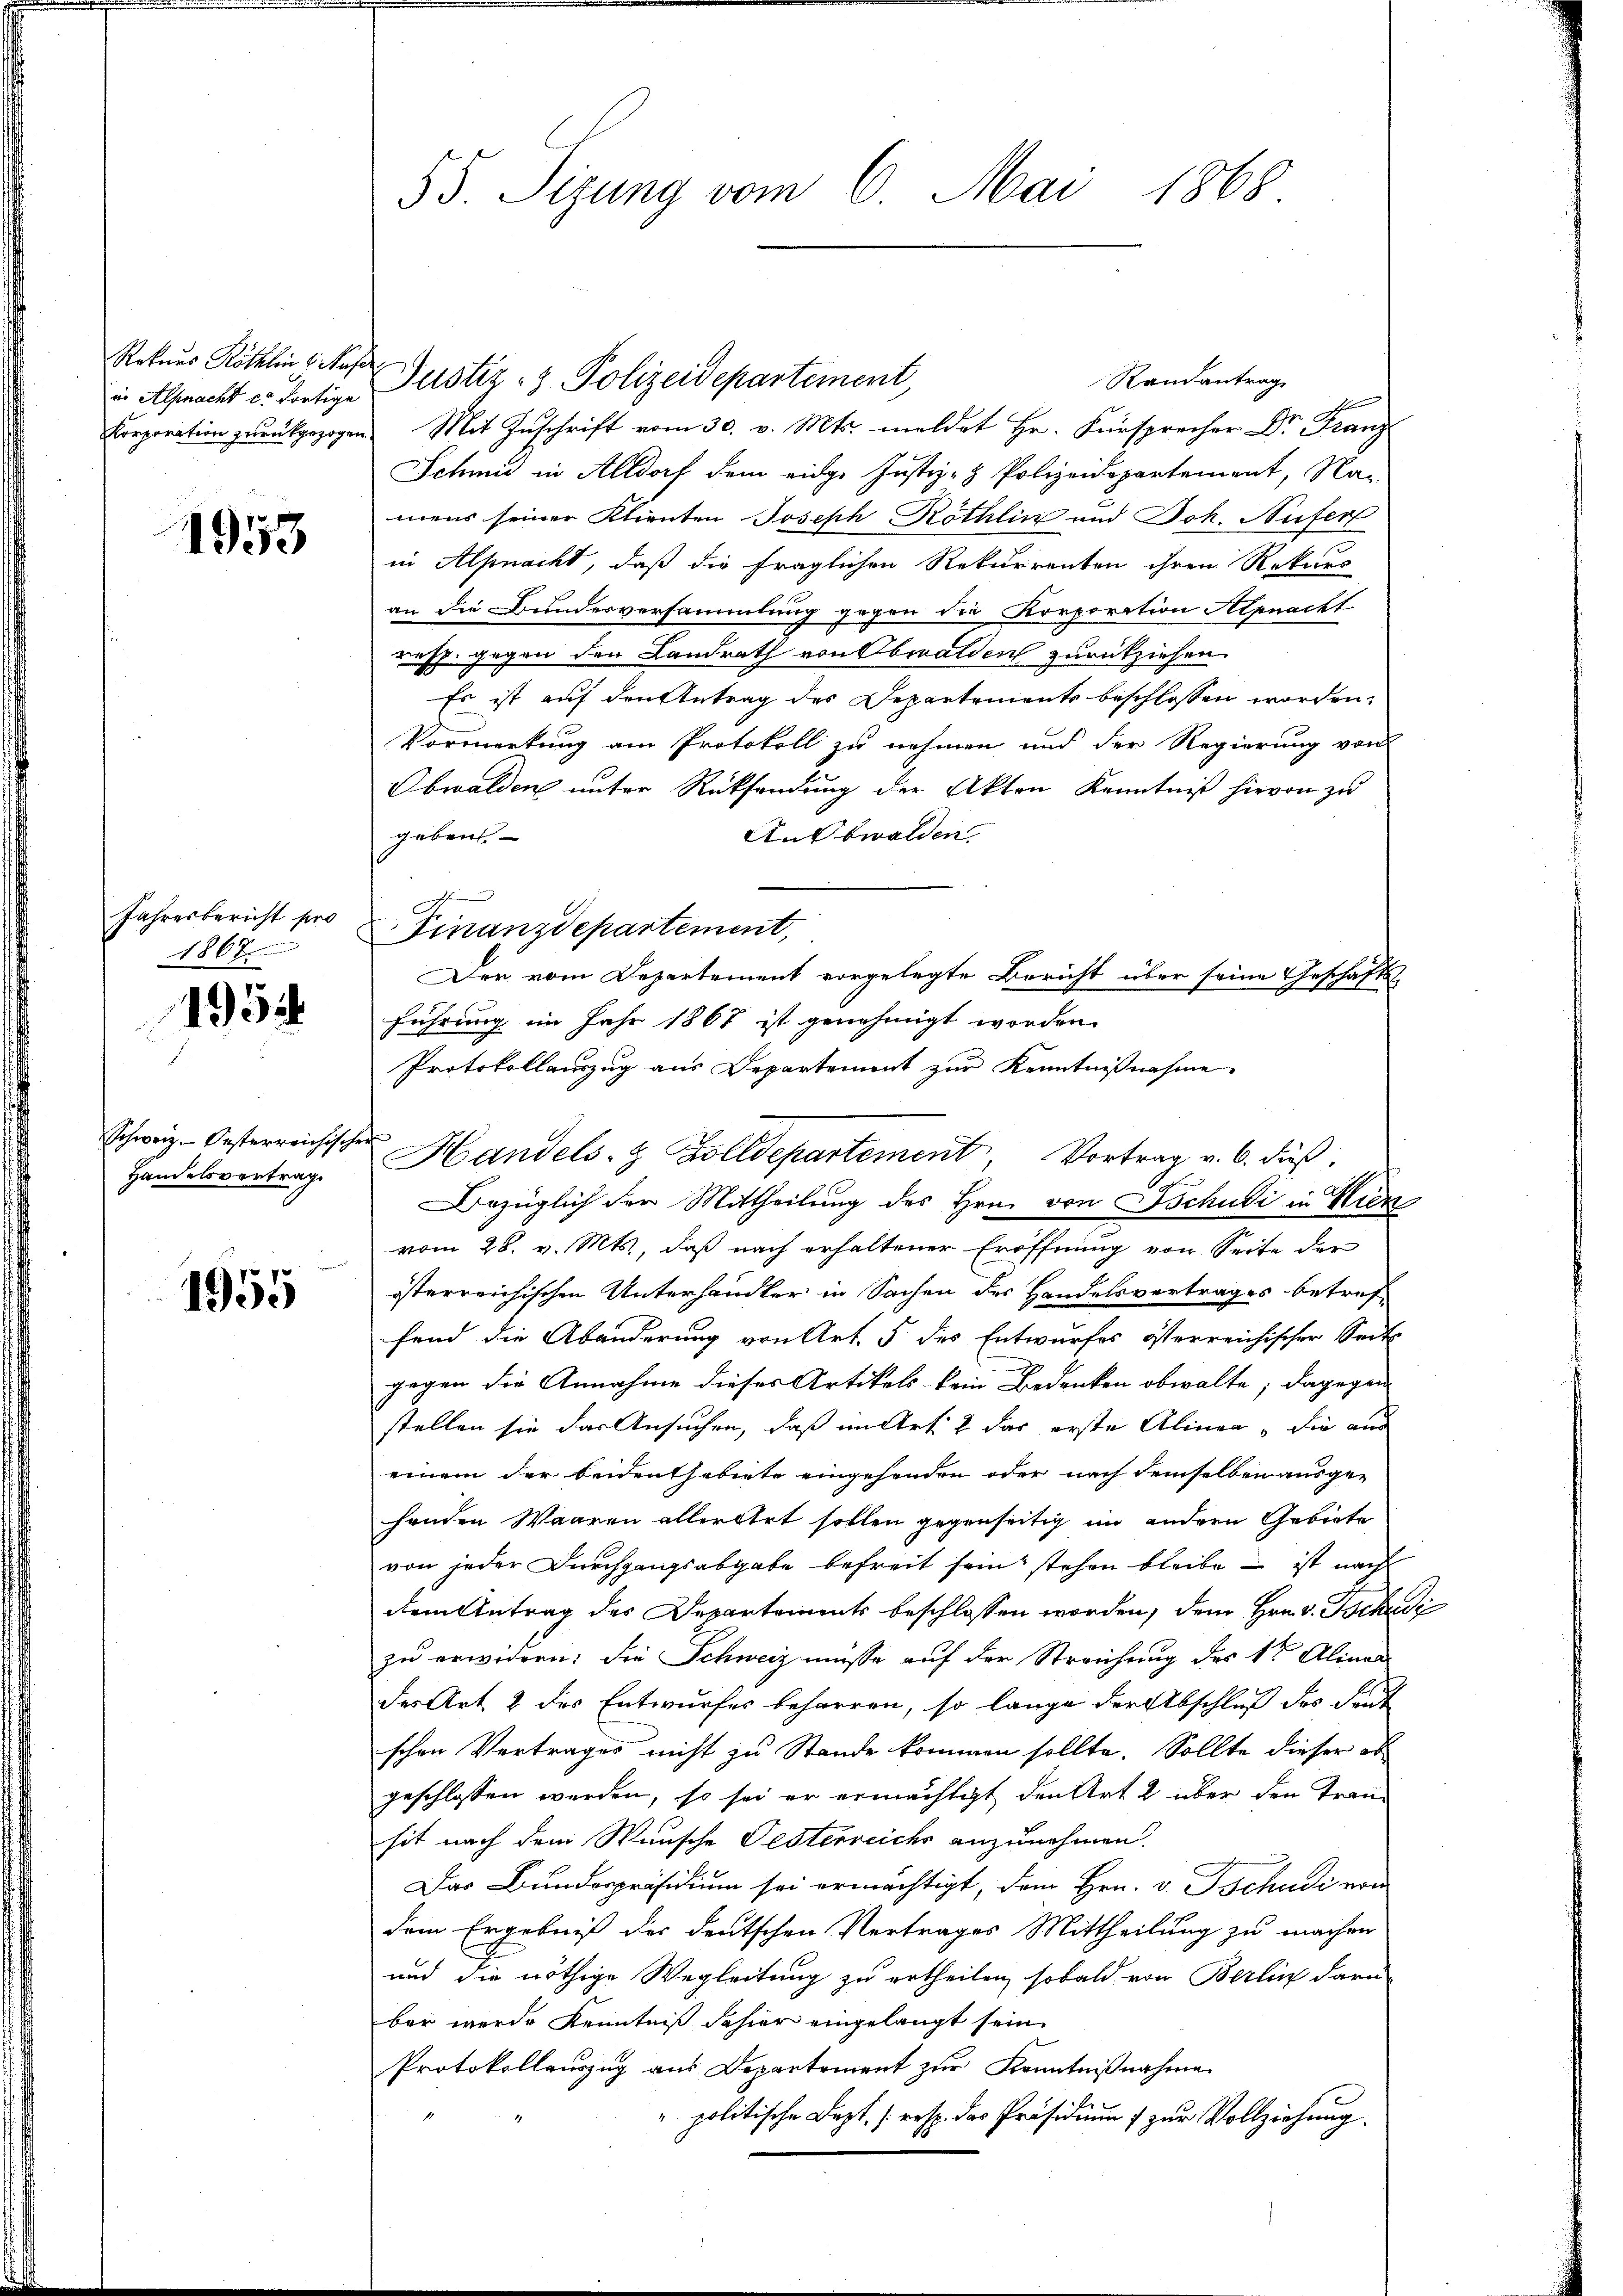
Rekurs Röthlin (Muse
in Alpnacht er dortige
Korporation zurückgezogen

1953

Jahresbericht pro

1954

Schweiz. Oesterreichische
Handelsvertrag

1955

55. Sizung vom 6. Mai 1868.

1867 Finanzdepartement,

Justiz- & Polizeidepartement

s
Mit Zuschrift vom 30. v. Mts. meldet Hr. Fürsprecher Dr. Franz
Schmid in Altdorf dem eidge Justiz- & Polizeidepartement, Na-
mens seiner Klienten Joseph Röthlin und Joh. Aufer
in Alpnacht, daß die fraglichen Rekurrenten ihren Rekurs
an die Bunderversammlung gegen die Korporation Alpnacht
resp. gegen den Landrath von Obwalden zurückziehen.
Es ist auf den Antrag des Departements beschlossen worden.
Vormerkung am Protokoll zu nehmen und der Regierung von
Obwalden unter Rücksendung der Akten Kenntniß hievon zu
An Obwalden.
geben.
Der vom Departement vorgelegte Bericht über seine Geschäfts-
führung im Jahr 1867 ist genehmigt worden.
Protokollauszug aus Departement zur Kenntnißnahme
¬
Bezüglich der Mittheilung des Hrn. von Tschudi in Kren
vom 28. v. Mts., daß nach erhaltener Eröffnung von Seite der
österreichischen Unterhandler in Sachen der Handelsvertrages betreffend die Abänderung von Art. 5 des Entwurfes österreichischer Seit
gegen die Annahme dieses Artikels kein Bedenken obwalte; dagegen
stellen sie das Ansuchen, daß in Art 2 der erste Alinea, die aus
einem der beidenthebiete eingehenden oder nach demselben ausge-
henden Waaren allerltet sollen gegenseitig im andern Gebiete
von jeder Durchgangsabgabe befreit sein stehen bleibe – ist nach
dem Antrag des Departements beschlossen worden, dem Hrn. v. Tschuss
zu erwidern; die Schweiz müsse auf der Streichung des 1te Alinad
des Art. 2 des Entwurfes beharren, so lange der Abschluß des Sent
schen Vertrages nicht zu Stande kommen sollte. Sollte dieser obgeschlossen werden, so sei er ermächtigt den Art 2 über den Transit nach dem Wunsche Festerreichs anzunehmen.
Das Bundespräsidium sei ermächtigt, dem Hrn. v. Tschudi von
dem Ergebniß der deutschen Vertrages Mittheilung zu machen
und die nöthige Wegleitung zu ertheilen, sobald von Berlin daru
ber werde Kenntniß dahier eingelangt sein
Protokollenzug aus Departement zur Kenntnißnahme
" politische Bapt. (resp. das Präsidium zur Vollziehung.

Handels- & Zolldepartement, Vortrag v. 6. dieß,

Randantrag